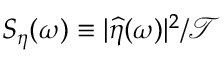
S _ { \eta } ( \omega ) \equiv | \widehat { \eta } ( \omega ) | ^ { 2 } / \mathcal { T }